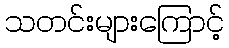
သတင်းများကြောင့်